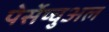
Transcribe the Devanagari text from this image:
पेर्सेप्चुअल